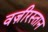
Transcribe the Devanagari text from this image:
वज़ीरस्तान